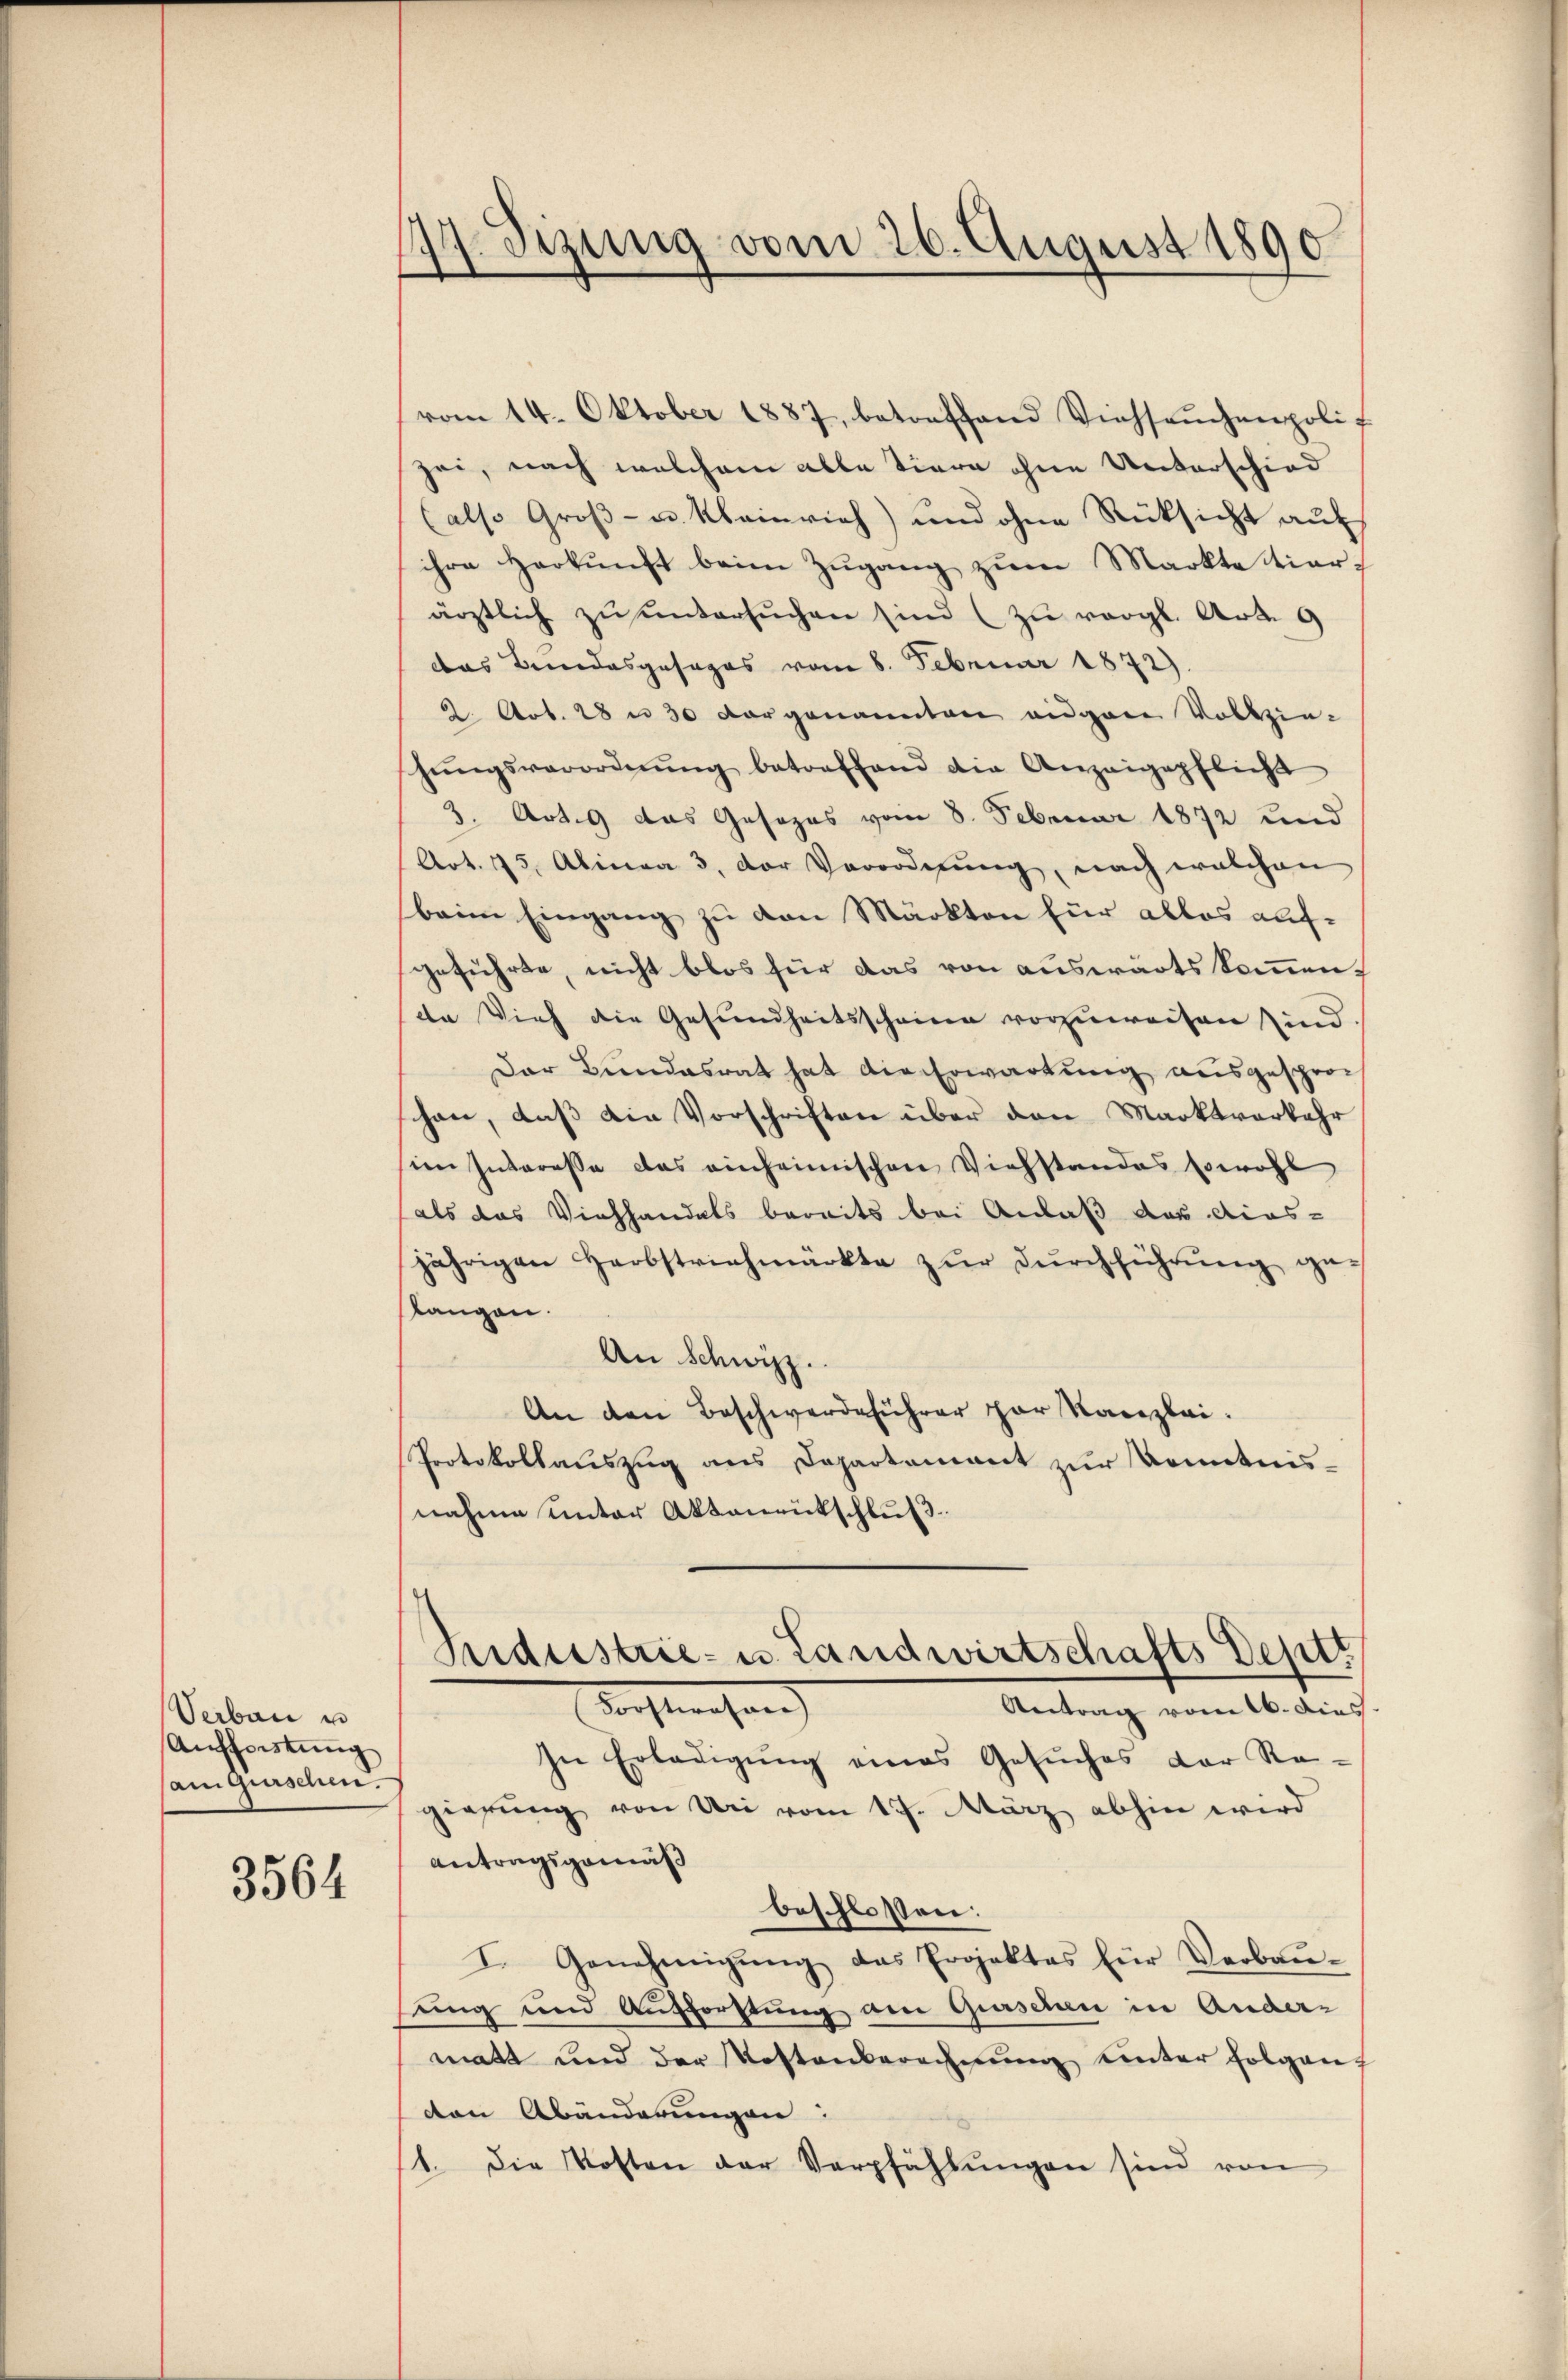
Verbau u
Aufforstung
sanguischen.

3564

127. Sizung vom 26. August 1890
.

vom 14. Oktober 1887, betreffend Viehseuchenpolit
zei, nach welchem alle Tiere ohne Unterschied
(also Groß- u. Kleinrich) und ohne Rücksicht auf
ihre Herkunft beim Zugang zum Markte tierärztlich zŭ ŭntersŭchen sind (zu vergl. Art. 9
das Bundesgesages vom 8. Februar 1872).
2. Art. 28 n 30 vorgenannten augen Vollzie-
hŭngsverordnŭng betreffend die Anzeigepflicht
3. Art. 9 das Gesezes vom 8. Februar 1872 und
Art. 15. Alinea 3. der Verordnung, nach welchen
beim Eingang zu den Märkten für alles aufgeführte, nicht blos für das von auswärts kommende Vieh die Gesundheitsscheine vorzuweisen sind.
Der Bundesrat hat die Erwartung ausgesprohen, daß die Vorschriften über den Marktverkehr
im Interesse das einheimischen Viehstandes sowohl
als das Viehhandels bereits bei Anlaß das Ains-
jährigen Herbstriehmärkte zŭr dŭrchführŭng geslangen.
An Schwyz.
An den Beschwerdeführer par Kanzlei:
Protokollauszug aus Departement zur Kenntnisnahme unter Aktenentschluß
Industrie- u. Landwirtschafts Deptt
Tochterchen
Antrag vom 16. dies
In Erledigung eines Gesuches der Re-
gierung von Uri vom 17. März abhin wird
antragsgemäß
beschlossen:
I. Genehmigŭng das Projektes für Verbaŭ-
sung und Aufforstung am Gurschen in Anders
matt und der Kostenberechnung unter folgen
den Abänderungen:
1. Die Kosten der Verpfählŭngen sind von